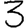
Digit: 3